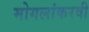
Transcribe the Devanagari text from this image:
मोगलांकरवी